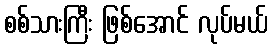
စစ်သားကြီး ဖြစ်အောင် လုပ်မယ်